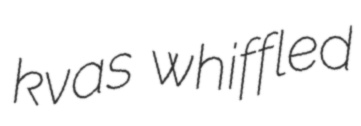
kvas whiffled